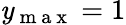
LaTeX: \mathit{y}_{\mathrm{{~m~a~x~}}}=1